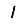
Digit: 1